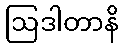
ဩဒါတာနိ